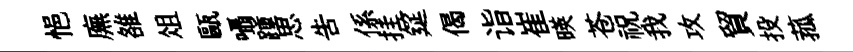
悒廡雒俎甌囁踵思告係挂筵偈诣崔暎苍祝我攻貿投菰